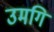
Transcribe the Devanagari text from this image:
उमगि